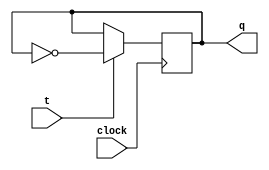
module t_flip_flop (
    input clock,
    input t,
    output reg q
);

always @(posedge clock) begin
    if(t) begin
        q <= ~q;
    end
end

endmodule